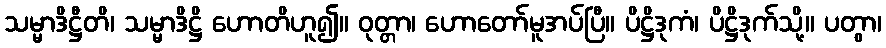
သမ္မာဒိဋ္ဌီတိ၊ သမ္မာဒိဋ္ဌိ ဟောတိဟူ၍။ ဝုတ္တာ၊ ဟောတော်မူအပ်ပြီ။ ပိဋ္ဌိဒုကံ၊ ပိဋ္ဌိဒုက်သို့။ ပတွာ၊